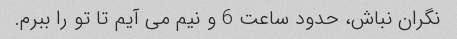
نگران نباش، حدود ساعت 6 و نیم می آیم تا تو را ببرم.